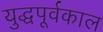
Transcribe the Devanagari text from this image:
युद्धपूर्वकाल